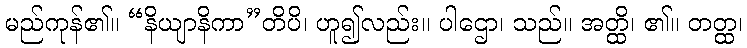
မည်ကုန်၏။ “နိယျာနိကာ”တိပိ၊ ဟူ၍လည်း။ ပါဌော၊ သည်။ အတ္ထိ၊ ၏။ တတ္ထ၊